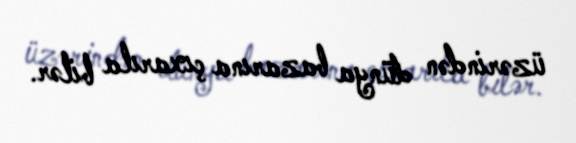
üzərindən dünya bazarına çıxarıla bilər.